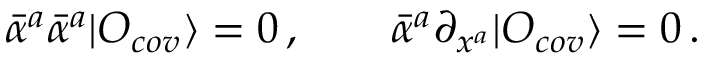
\bar { \alpha } ^ { a } \bar { \alpha } ^ { a } | { \cal O } _ { c o v } \rangle = 0 \, , \qquad \bar { \alpha } ^ { a } \partial _ { x ^ { a } } | { \cal O } _ { c o v } \rangle = 0 \, .